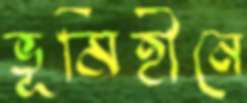
ভূমিহীনে